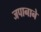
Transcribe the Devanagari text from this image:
जपानाने